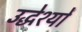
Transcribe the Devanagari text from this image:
उद्धेश्यों